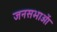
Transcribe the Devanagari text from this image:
जनसभाआें